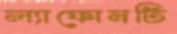
ল্যাফোনটি